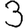
Digit: 3